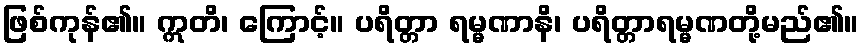
ဖြစ်ကုန်၏။ ဣတိ၊ ကြောင့်။ ပရိတ္တာ ရမ္မဏာနိ၊ ပရိတ္တာရမ္မဏတို့မည်၏။